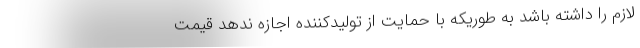
لازم را داشته باشد به طوریکه با حمایت از تولیدکننده اجازه ندهد قیمت